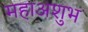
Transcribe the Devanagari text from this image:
महाअशुभ